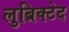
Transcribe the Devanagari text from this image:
लुब्रिक्टेद